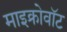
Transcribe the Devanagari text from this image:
माइक्रोवॉट